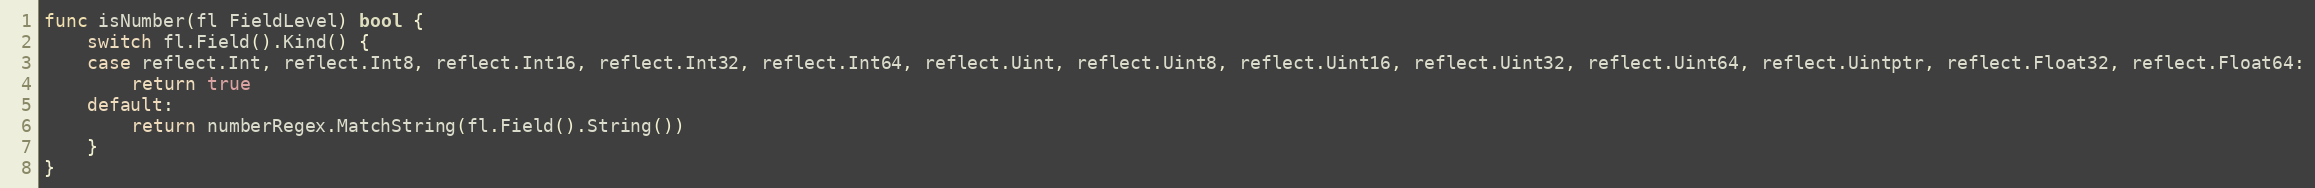
Language: Go
func isNumber(fl FieldLevel) bool {
	switch fl.Field().Kind() {
	case reflect.Int, reflect.Int8, reflect.Int16, reflect.Int32, reflect.Int64, reflect.Uint, reflect.Uint8, reflect.Uint16, reflect.Uint32, reflect.Uint64, reflect.Uintptr, reflect.Float32, reflect.Float64:
		return true
	default:
		return numberRegex.MatchString(fl.Field().String())
	}
}